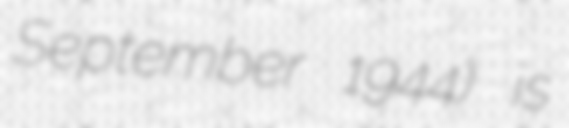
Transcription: September 1944) is